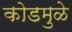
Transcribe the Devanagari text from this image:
कोडमुळे